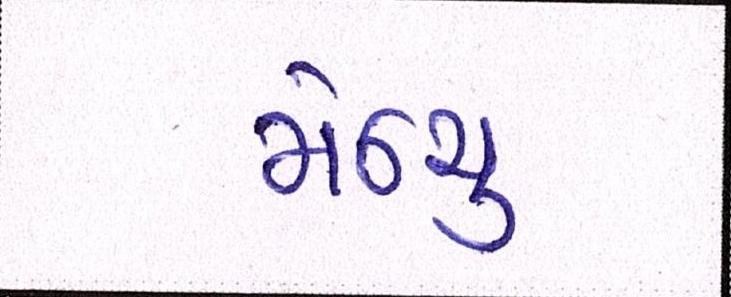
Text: મેન્યુ